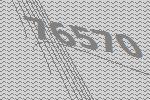
76570